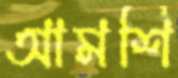
আমশি